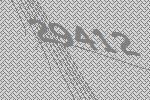
29412